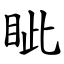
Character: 眦